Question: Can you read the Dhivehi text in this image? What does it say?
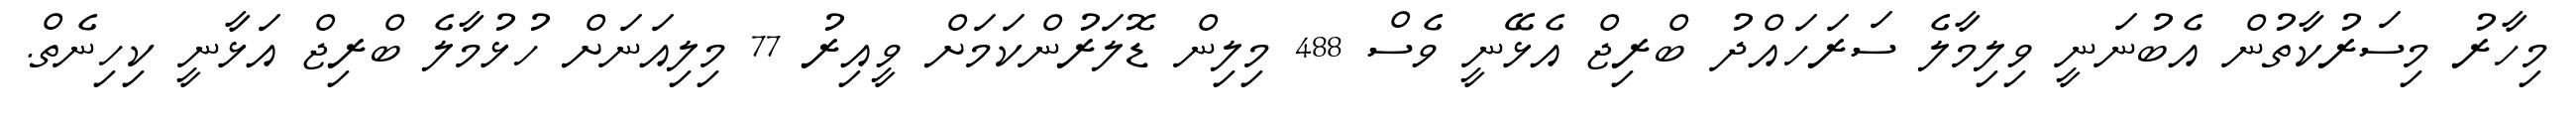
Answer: މިހާރު މިސަރުކާތުން އެބުނަނީ ވިލިމާލެ ސަރަހައްދު ބްރިޖް އެޅޭނީ ވެސް 488 މިލިން ޑޮލަރުންކަމަށް ވީއިރު 77 މިލިއަނަށް ހުޅުމާލެ ބްރިޖް އަޅާނީ ކިހިނެތް.